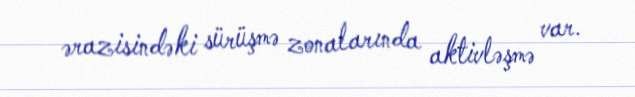
ərazisindəki sürüşmə zonalarında aktivləşmə var.